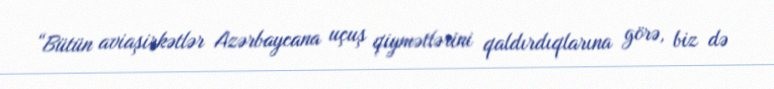
“Bütün aviaşirkətlər Azərbaycana uçuş qiymətlərini qaldırdıqlarına görə, biz də